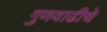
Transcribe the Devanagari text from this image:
गुणवाढीचे